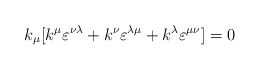
\begin{align*}k_{\mu}[k^{\mu} \varepsilon^{\nu \lambda} + k^{\nu} \varepsilon^{\lambda \mu} +k^{\lambda} \varepsilon^{\mu \nu}] =0\end{align*}